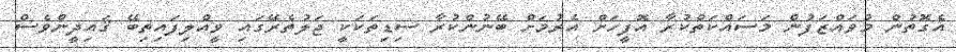
އެގޮތުން މުވައްޒަފުން މަސައްކަތްކުރާ އޮފީހަށް އެރުމަށް ބޭނުންކުރާ ސިޑިތަކަކީ ޖަލުތެރޭގައި ވީއްލިފައިތިބޭ ޤައިދީންވެސް